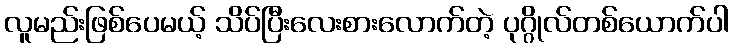
လူမည်းဖြစ်ပေမယ့် သိပ်ပြီးလေးစားလောက်တဲ့ ပုဂ္ဂိုလ်တစ်ယောက်ပါ